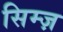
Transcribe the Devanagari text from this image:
सिम्ज़